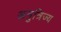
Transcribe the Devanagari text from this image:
अनुत्रिज्य